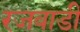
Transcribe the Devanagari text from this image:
रजवाडी